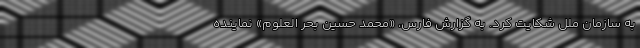
به سازمان ملل شکایت کرد. به گزارش فارس، «محمد حسین بحر العلوم» نماینده